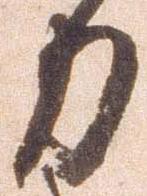
力